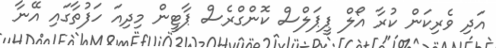
އަދި ވެރިކަން ކުރާ އޯލް ޕީޕަލްސް ކޮންގްރެސް ޕާޓީން މިދިއަ ހަފުތާގައި އޭނާ